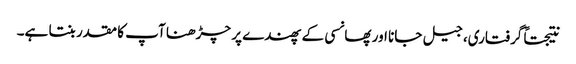
نتیجتاً گرفتاری، جیل جانا اور پھانسی کے پھندے پر چڑھنا آپ کا مقدر بنتا ہے۔